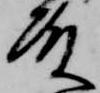
殿